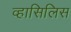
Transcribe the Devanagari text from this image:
व्हासिलिस